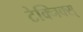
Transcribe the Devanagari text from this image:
टेक्निक्स्